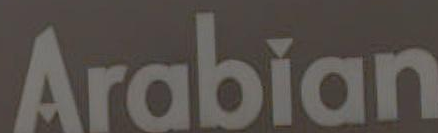
Arabian